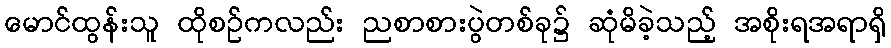
မောင်ထွန်းသူ ထိုစဉ်ကလည်း ညစာစားပွဲတစ်ခု၌ ဆုံမိခဲ့သည့် အစိုးရအရာရှိ